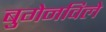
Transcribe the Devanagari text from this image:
बुगेनविले